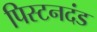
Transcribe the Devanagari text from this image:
पिस्टनदंड